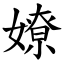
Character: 嫽